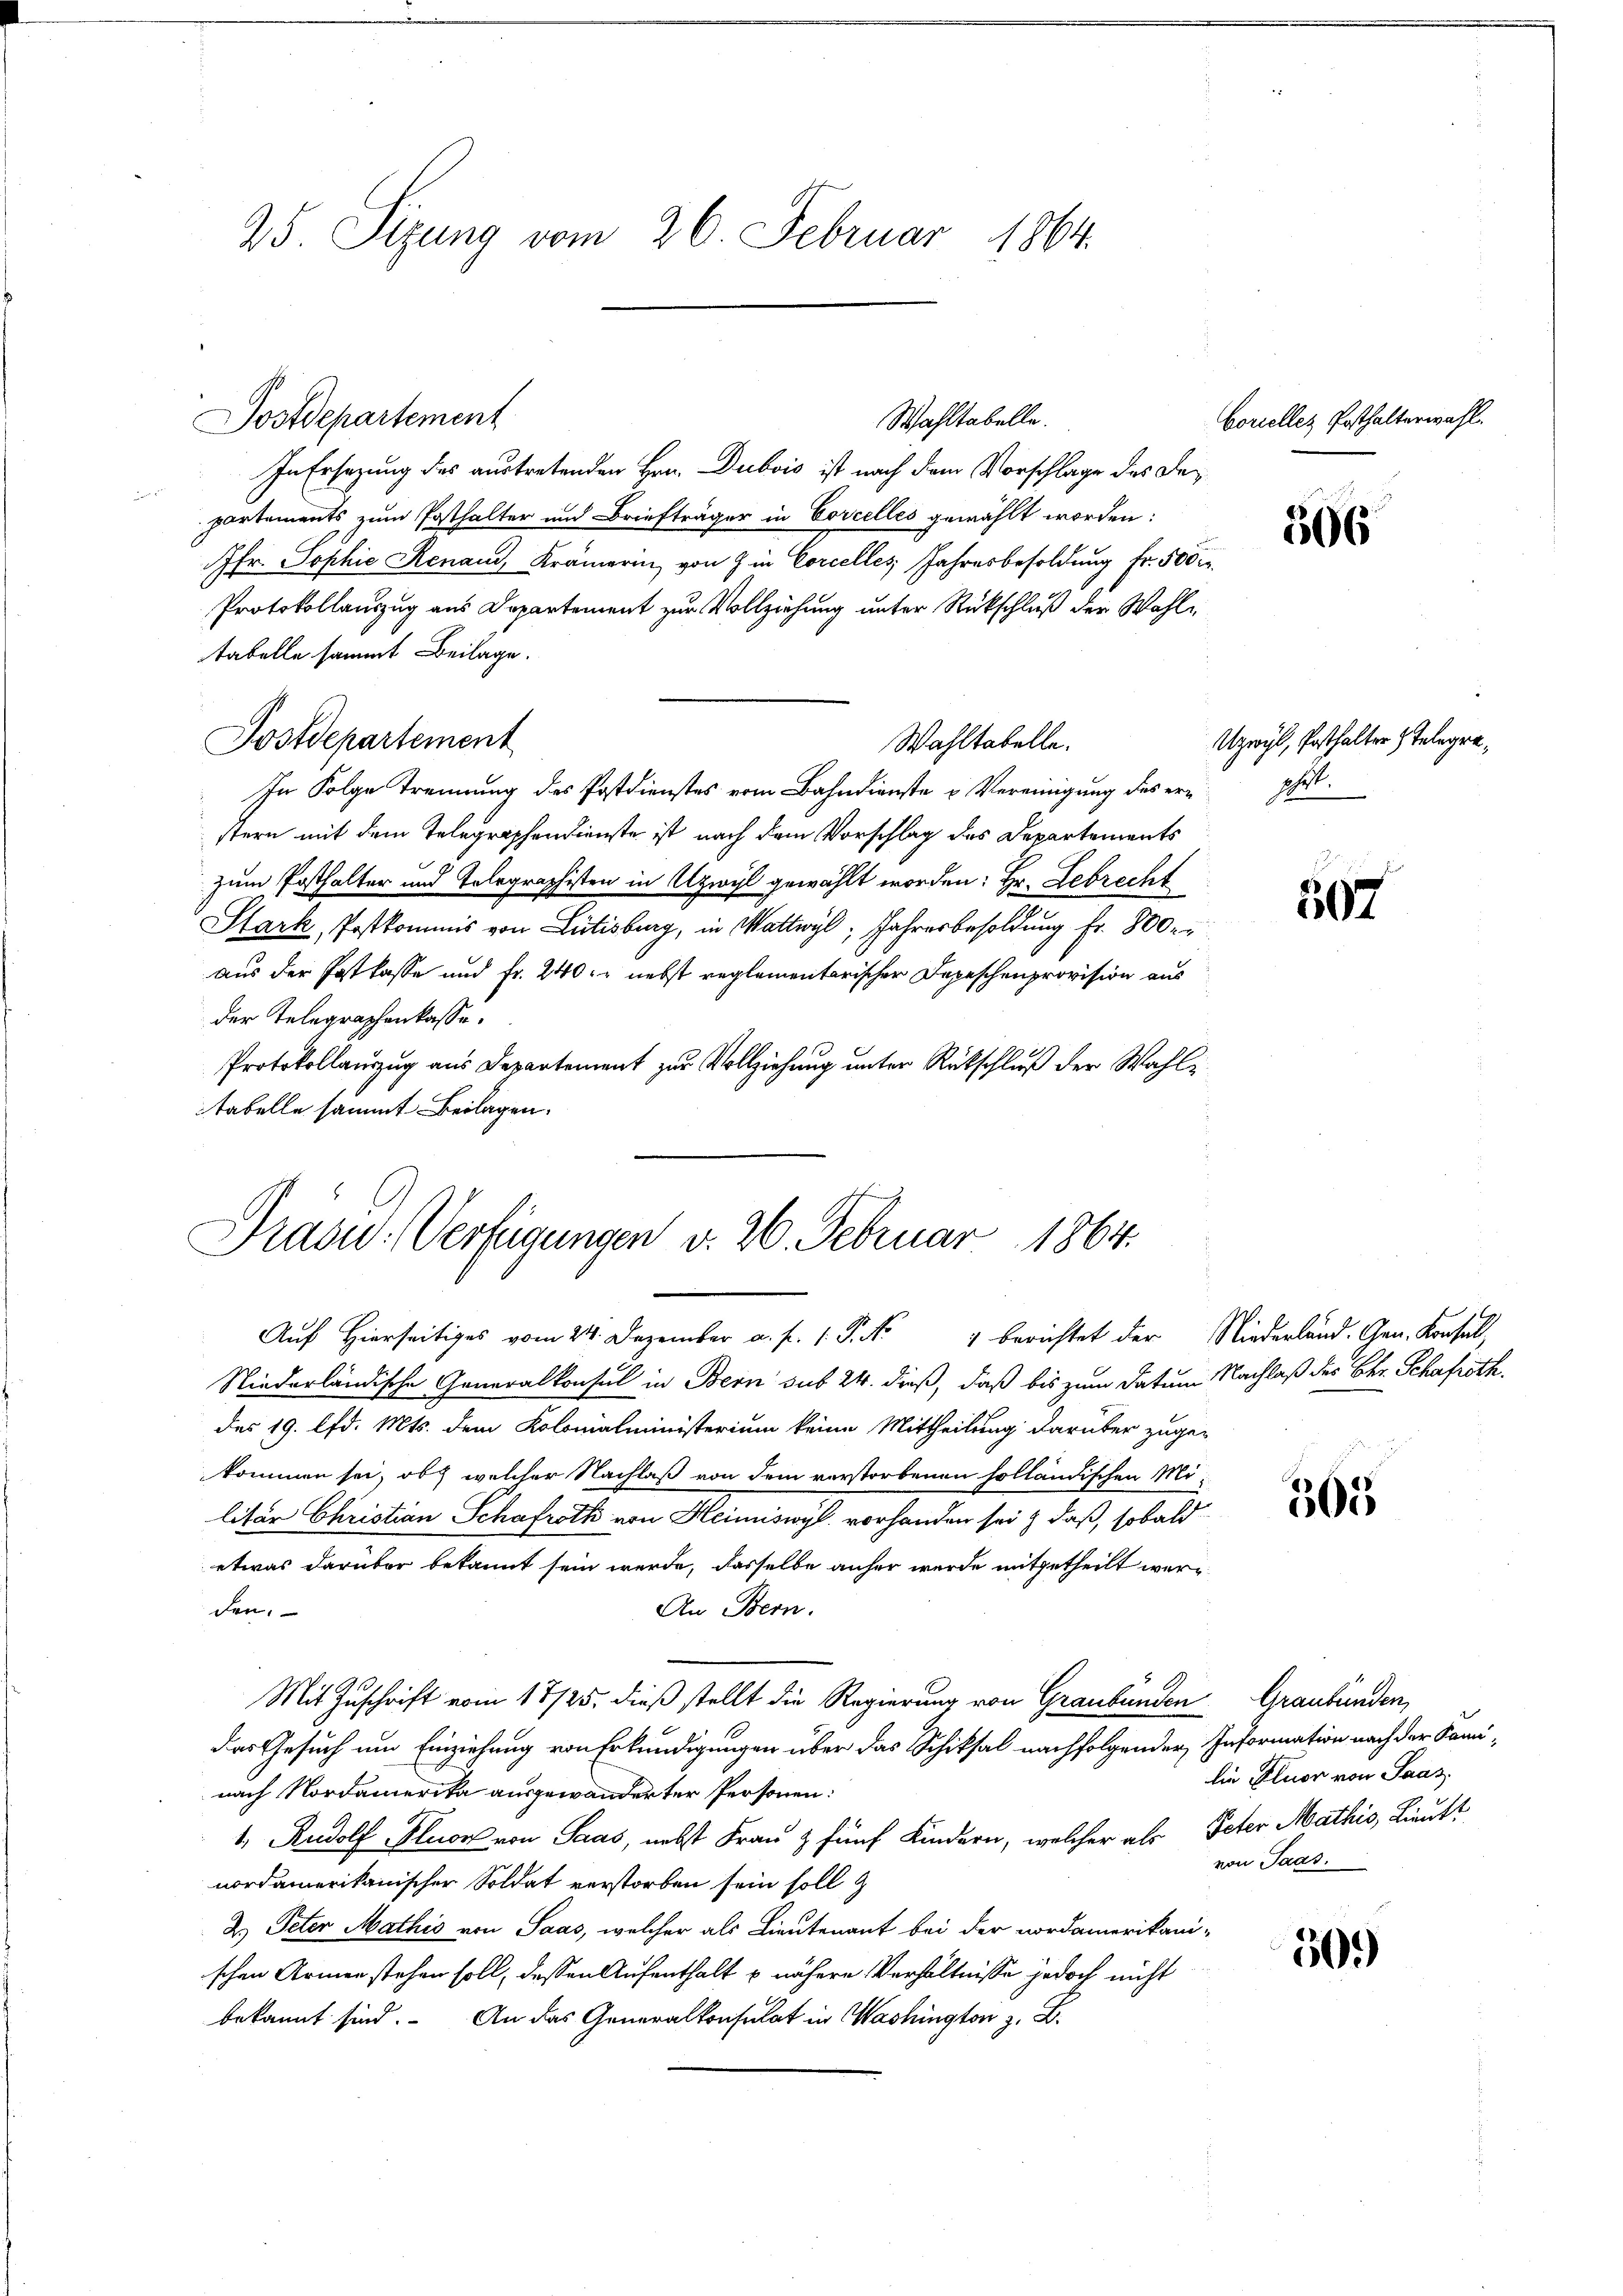
25. Sizung vom 26. Februar 1864.

In Ersezung des austretenden Hrn. Dubois ist nach dem Vorschlage des Dee
partements zum Posthalter und Briefträger in Corcelles gewählt worden:
fr. Sophie Renau, Krämerin von 7 in Corcelles Jahresbesoldung fr. 500
Protokollauszug aus Departement zur Vollziehung unter Rückschluß der Wahltabelle sammt Beilage.
Wahltabelle.
In Folge Trennung des Postdienstes vom Bahndienste u Vereinigung des er phi
stern mit dem Telegraphendienste ist nach dem Vorschlag des Departements
zum Posthalter und Telegraphisten in Uzwyl gewählt worden: Hr. Gebrecht
Stark, Postkommis von Lutisburg, in Wattwyl, Jahresbesoldung Fr. 800
aus der Patkasse und Fr. 240. nebst reglementarischer Depeschenprovision aus
der Telegraphenkasse.
Protokollauszug aus Departement zur Vollziehung unter Rückschluß der Wahl
tabelle sammt Beilagen.

Dostdepartement

Postdepartement

Drasu- Verfügungen v. 26. Februar 1864.
Aŭf Hierseitiges vom 24. Dezember a. f. 1. P. Nr. 4 berichtet der Niederland. Gen. Konfall,

Mit Zuschrift vom 18/25. dieß stellt die Regierung von Graubünden Graubünden,

Wahltabelle.

Niederländische Generalkonsul in Bern sub 24. dieß, daß bis zum Datum Nachlaß des Chr. Schafroth,
des 19. lfd. Mts. dem Kolonialministerium keine Mittheilung darüber zuge-
kommen sei, ob welcher Nachlaß von dem verstorbenen solländischen Mi-
litär Christian Schafroth von Heimiswyl vorhanden sei & daß, sobald
etwas darüber bekannt sein werde, dasselbe anher werde mitgetheilt wer¬
An Bern.
den.
das Gesuch um Einziehung von Erkundigungen über das Schiksal nachfolgender Information nach der Faminach Nordamerika ausgewanderter Personen:
1, Rudolf Pluor von Saas, nebst Frau & fünf Kindern, welcher als Peter Mathis, Lieutt
nordamerikanischer Soldat verstorben sein soll
2.) Peter Mathis von Saas, welcher als Lieutenant bei der nordamerikani-
schen Armen stehen soll, dessen Aufenthalt u nähere Verhältnisse jedoch nicht
bekannt sind. An das Generalkonsulat in Washington z. B.

Borelles Posthalterwahl.

506

Uzwyl, Posthalter Telegra¬

507

505

lie Fluor von Paas
von Paas.

50.